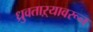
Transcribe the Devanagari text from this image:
ध्रुवताऱ्यावरून